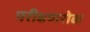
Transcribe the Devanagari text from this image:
परीक्षणरोक